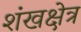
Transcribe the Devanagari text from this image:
शंखक्षेत्र